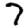
Digit: 7